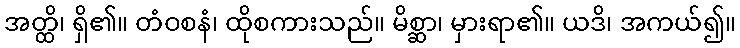
အတ္ထိ၊ ရှိ၏။ တံဝစနံ၊ ထိုစကားသည်။ မိစ္ဆာ၊ မှားရာ၏။ ယဒိ၊ အကယ်၍။